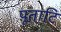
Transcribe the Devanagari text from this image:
पूताटि